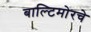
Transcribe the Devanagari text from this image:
बाल्टिमोरचे